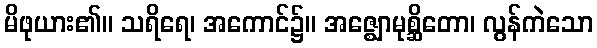
မိဖုယား၏။ သရိရေ၊ အကောင်၌။ အဇ္ဈောမုစ္ဆိတော၊ လွန်ကဲသော